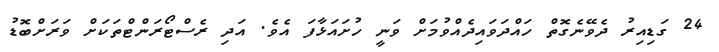
24 ގަޑިއިރު ދެވޭނެގޮތް ހައްދަވައިދެއްވުމަށް ވަނީ ހުށައަޅާފަ އެވެ. އަދި ރެސްޓޯރަންޓްތަކަށް ވަރަށްބޮޑު